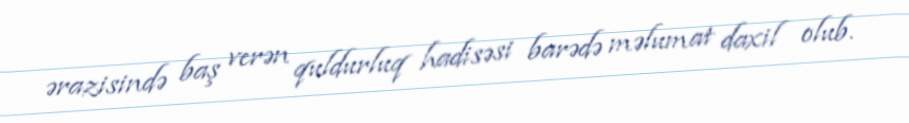
ərazisində baş verən quldurluq hadisəsi barədə məlumat daxil olub.